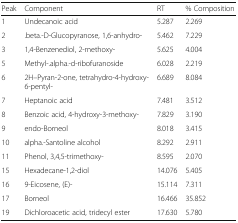
| Peak | Component | RT | % Composition |
 | --- | --- | --- | --- |
 | 1 | Undecanoic acid | 5.287 | 2.269 |
 | 2 | .beta.-D-Glucopyranose, 1,6-anhydro- | 5.462 | 7.229 |
 | 3 | 1,4-Benzenediol, 2-methoxy- | 5.625 | 4.004 |
 | 5 | Methyl-.alpha.-d-ribofuranoside | 6.028 | 2.219 |
 | 6 | 2H–Pyran-2-one, tetrahydro-4-hydroxy-6-pentyl- | 6.689 | 8.084 |
 | 7 | Heptanoic acid | 7.481 | 3.512 |
 | 8 | Benzoic acid, 4-hydroxy-3-methoxy- | 7.829 | 3.190 |
 | 9 | endo-Borneol | 8.018 | 3.415 |
 | 10 | alpha.-Santoline alcohol | 8.292 | 2.911 |
 | 11 | Phenol, 3,4,5-trimethoxy- | 8.595 | 2.070 |
 | 15 | Hexadecane-1,2-diol | 14.076 | 5.405 |
 | 16 | 9-Eicosene, (E)- | 15.114 | 7.311 |
 | 17 | Borneol | 16.466 | 35.852 |
 | 19 | Dichloroacetic acid, tridecyl ester | 17.630 | 5.780 |